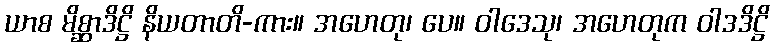
ယာစ မိစ္ဆာဒိဋ္ဌိ နိယတာတိ-ကား။ အဟေတု၊ ပေ။ ဝါဒေသု၊ အဟေတုက ဝါဒဒိဋ္ဌိ